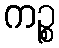
ကဉ္စ